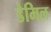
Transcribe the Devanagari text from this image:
डेमिल